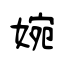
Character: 婉